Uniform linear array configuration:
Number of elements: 12
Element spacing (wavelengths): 0.5
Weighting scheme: binomial
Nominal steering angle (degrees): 15
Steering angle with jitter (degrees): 14.284
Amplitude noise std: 0.05
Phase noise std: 0.05

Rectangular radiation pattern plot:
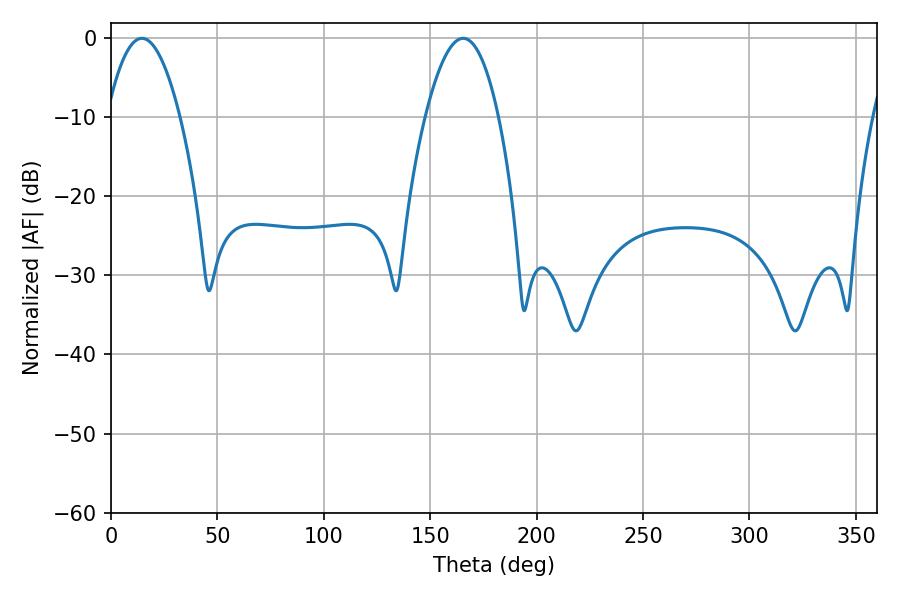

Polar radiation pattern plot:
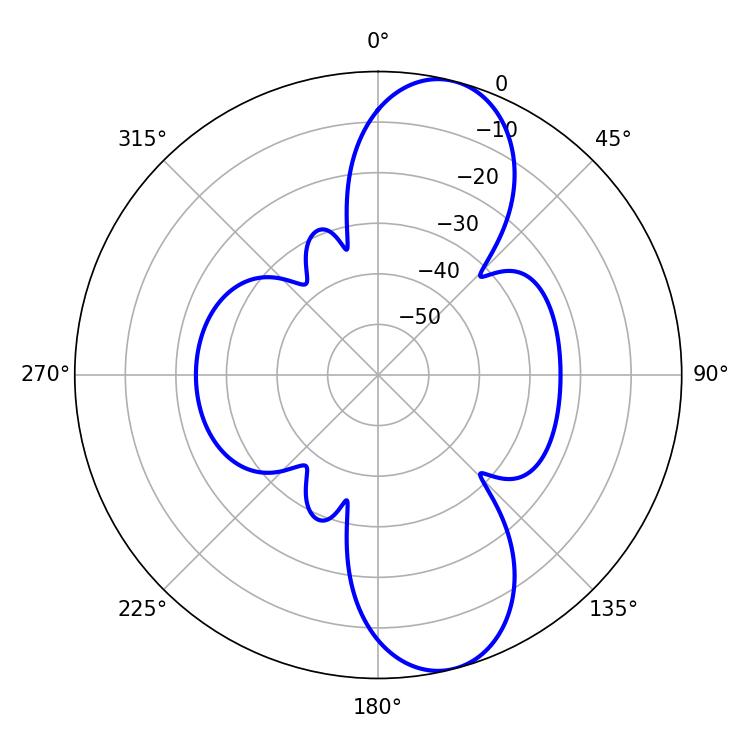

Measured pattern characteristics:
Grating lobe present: FALSE
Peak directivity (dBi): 10.433
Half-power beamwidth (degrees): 18.9
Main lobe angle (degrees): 14.58